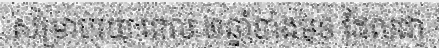
សម្រាប់រយៈពេល ២ឆ្នាំខាងមុខ ដែលជា